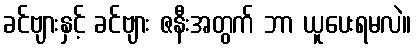
ခင်ဗျားနှင့် ခင်ဗျား ဇနီးအတွက် ဘာ ယူပေးရမလဲ။